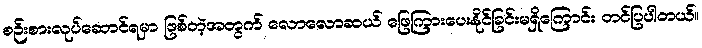
စဉ်းစားလုပ်ဆောင်ရမှာ ဖြစ်တဲ့အတွက် လောလောဆယ် ဖြေကြားပေးနိုင်ခြင်းမရှိကြောင်း တင်ပြပါတယ်။